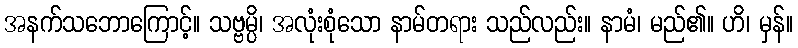
အနက်သဘောကြောင့်။ သဗ္ဗမ္ပိ၊ အလုံးစုံသော နာမ်တရား သည်လည်း။ နာမံ၊ မည်၏။ ဟိ၊ မှန်။